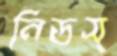
নিডস্